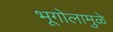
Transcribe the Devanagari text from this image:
भूगोलामुळे